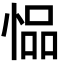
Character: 𫺢